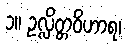
၁။ ဥလ္လိတ္တဝိဟာရ၊